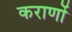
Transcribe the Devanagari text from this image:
कराणों